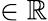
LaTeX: \in\mathbb{R}